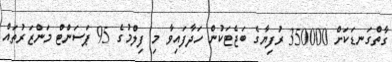
ގާތްގަނޑަކަށް 350000 ރުފިޔާގެ ބަޖެޓަކުން ހަދާފައިވާ މި ފިލްމުގެ 95 ޕަސަންޓް މަންޒަރުތައް